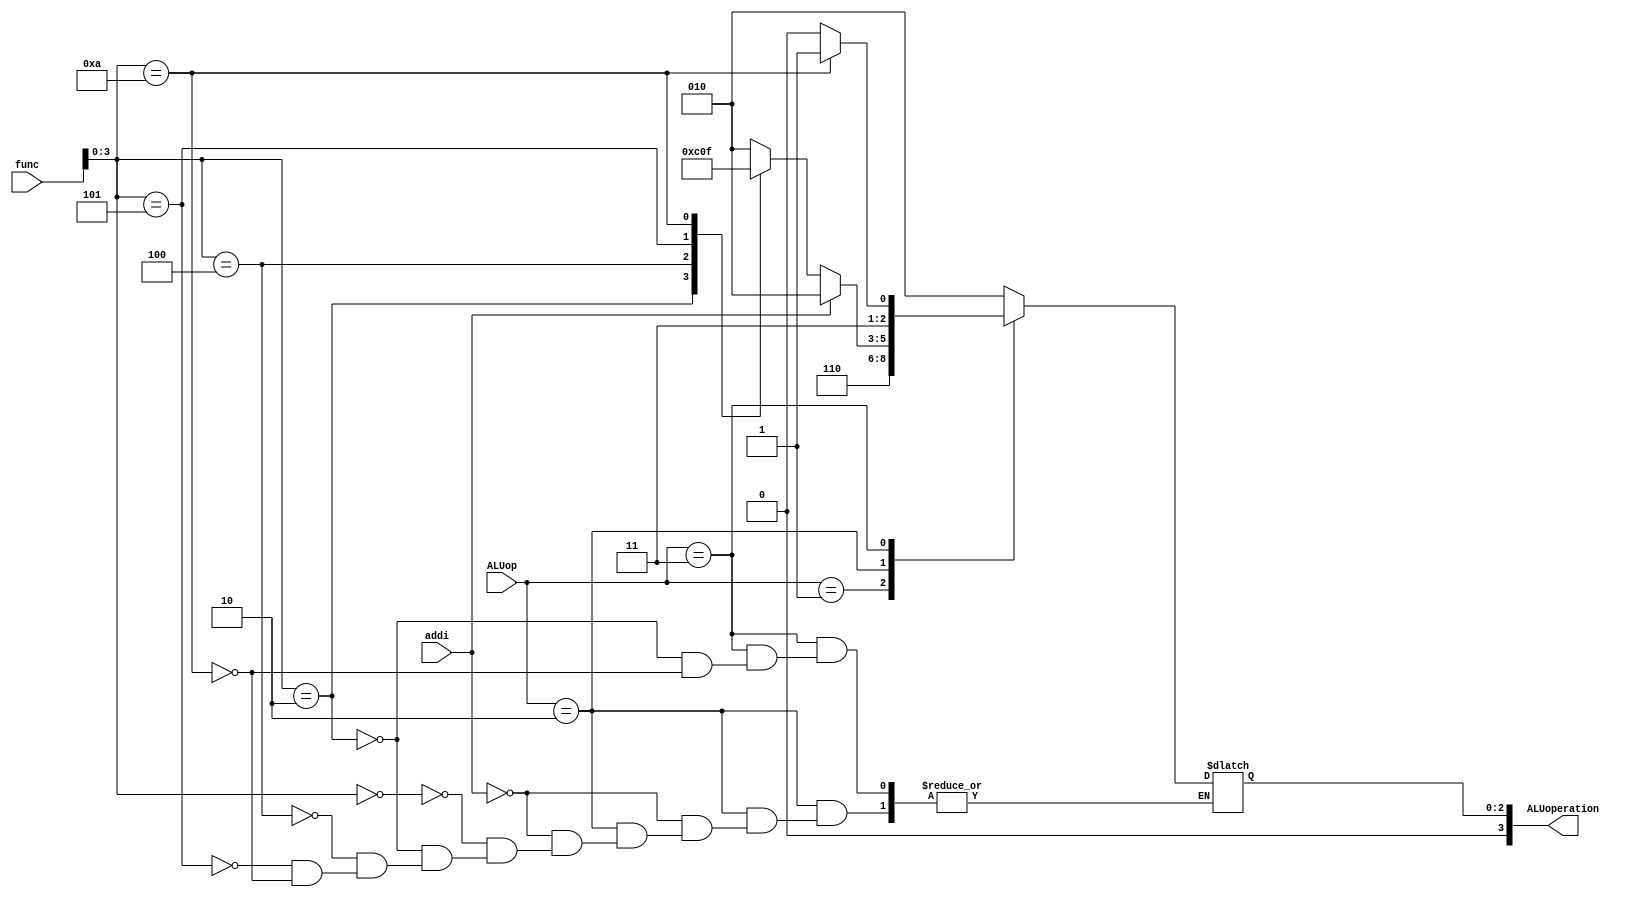
// EECE3324 Computer Architecture
// Basic Project
// Tim Liming & Wing Tung Yuen

// The small ALU control unit that takes the ALUop and 6-bit function code in and 
// generates 4-bit ALU_operation signal for the ALU.

// Taken from Figure 4.13 (Pg. 318) 

`timescale 1ns / 1ns

module ALU_control_unit(ALUop, addi, func, ALUoperation);
  
  input [1:0] ALUop;
  input addi;
  input [5:0] func;
  output reg [3:0] ALUoperation;
  
  // initialize
  initial begin
    ALUoperation = 4'b0000;
  end
  
  always @ (ALUop or func) begin
    
    case (ALUop)
      
      // lw & sw (add)
      2'b00: begin ALUoperation = 4'b0010; end
      
      // beq (sub)
      2'b01: begin ALUoperation = 4'b0110; end
      
      // ALUOp1 == 1
      2'b10: begin
        // allow for addi
        case (addi)
          1'b1: begin ALUoperation = 4'b0010; end
          
          1'b0: begin
            case (func[3:0]) // func[5:4] is don't care
              // add
              4'b0000: begin ALUoperation = 4'b0010; end
              // sub
              4'b0010: begin ALUoperation = 4'b0110; end
              // and
              4'b0100: begin ALUoperation = 4'b0000; end
              // or
              4'b0101: begin ALUoperation = 4'b0001; end
              // slt
              4'b1010: begin ALUoperation = 4'b0111; end
            endcase
          end
        endcase
      end
      
      // handle alternate don't care cases
      2'b11: begin
        case (func[3:0]) // func[5:4] is don't care
          // sub
          4'b0010: begin ALUoperation = 4'b0110; end
          // slt
          4'b1010: begin ALUoperation = 4'b0111; end
        endcase
      end
    endcase
  end
  
endmodule